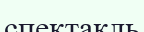
спектакль